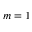
m = 1